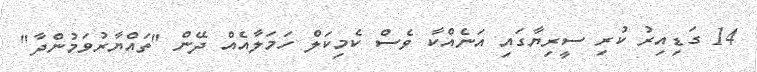
14 ގަޑިއިރު ކުރި ސީރިޔާގައި އަނެއްކާ ވެސް ކެމިކަލް ހަމަލާއެއް ދޭން "ތައްޔާރުވަމުންދާ"